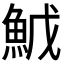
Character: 𬵇